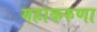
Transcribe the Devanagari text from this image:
महाकरुणा